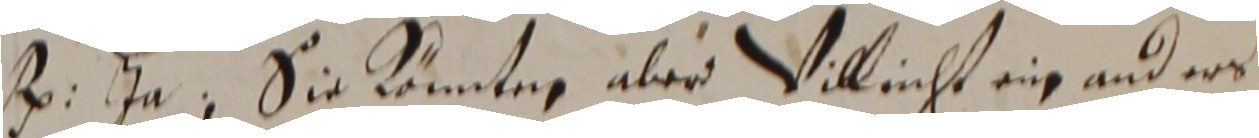
. jn. sie knnteg aer villicht ein anders